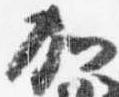
加